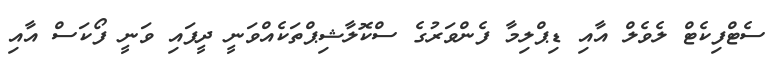
ސެޓްފިކެޓް ލެވެލް އާއި ޑިޕްލިމާ ފެންވަރުގެ ސްކޮލާޝިޕްތަކެއްވަނީ ދީފައި ވަނީ ފޯކަސް އާއި